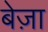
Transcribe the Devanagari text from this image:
बेज़ा